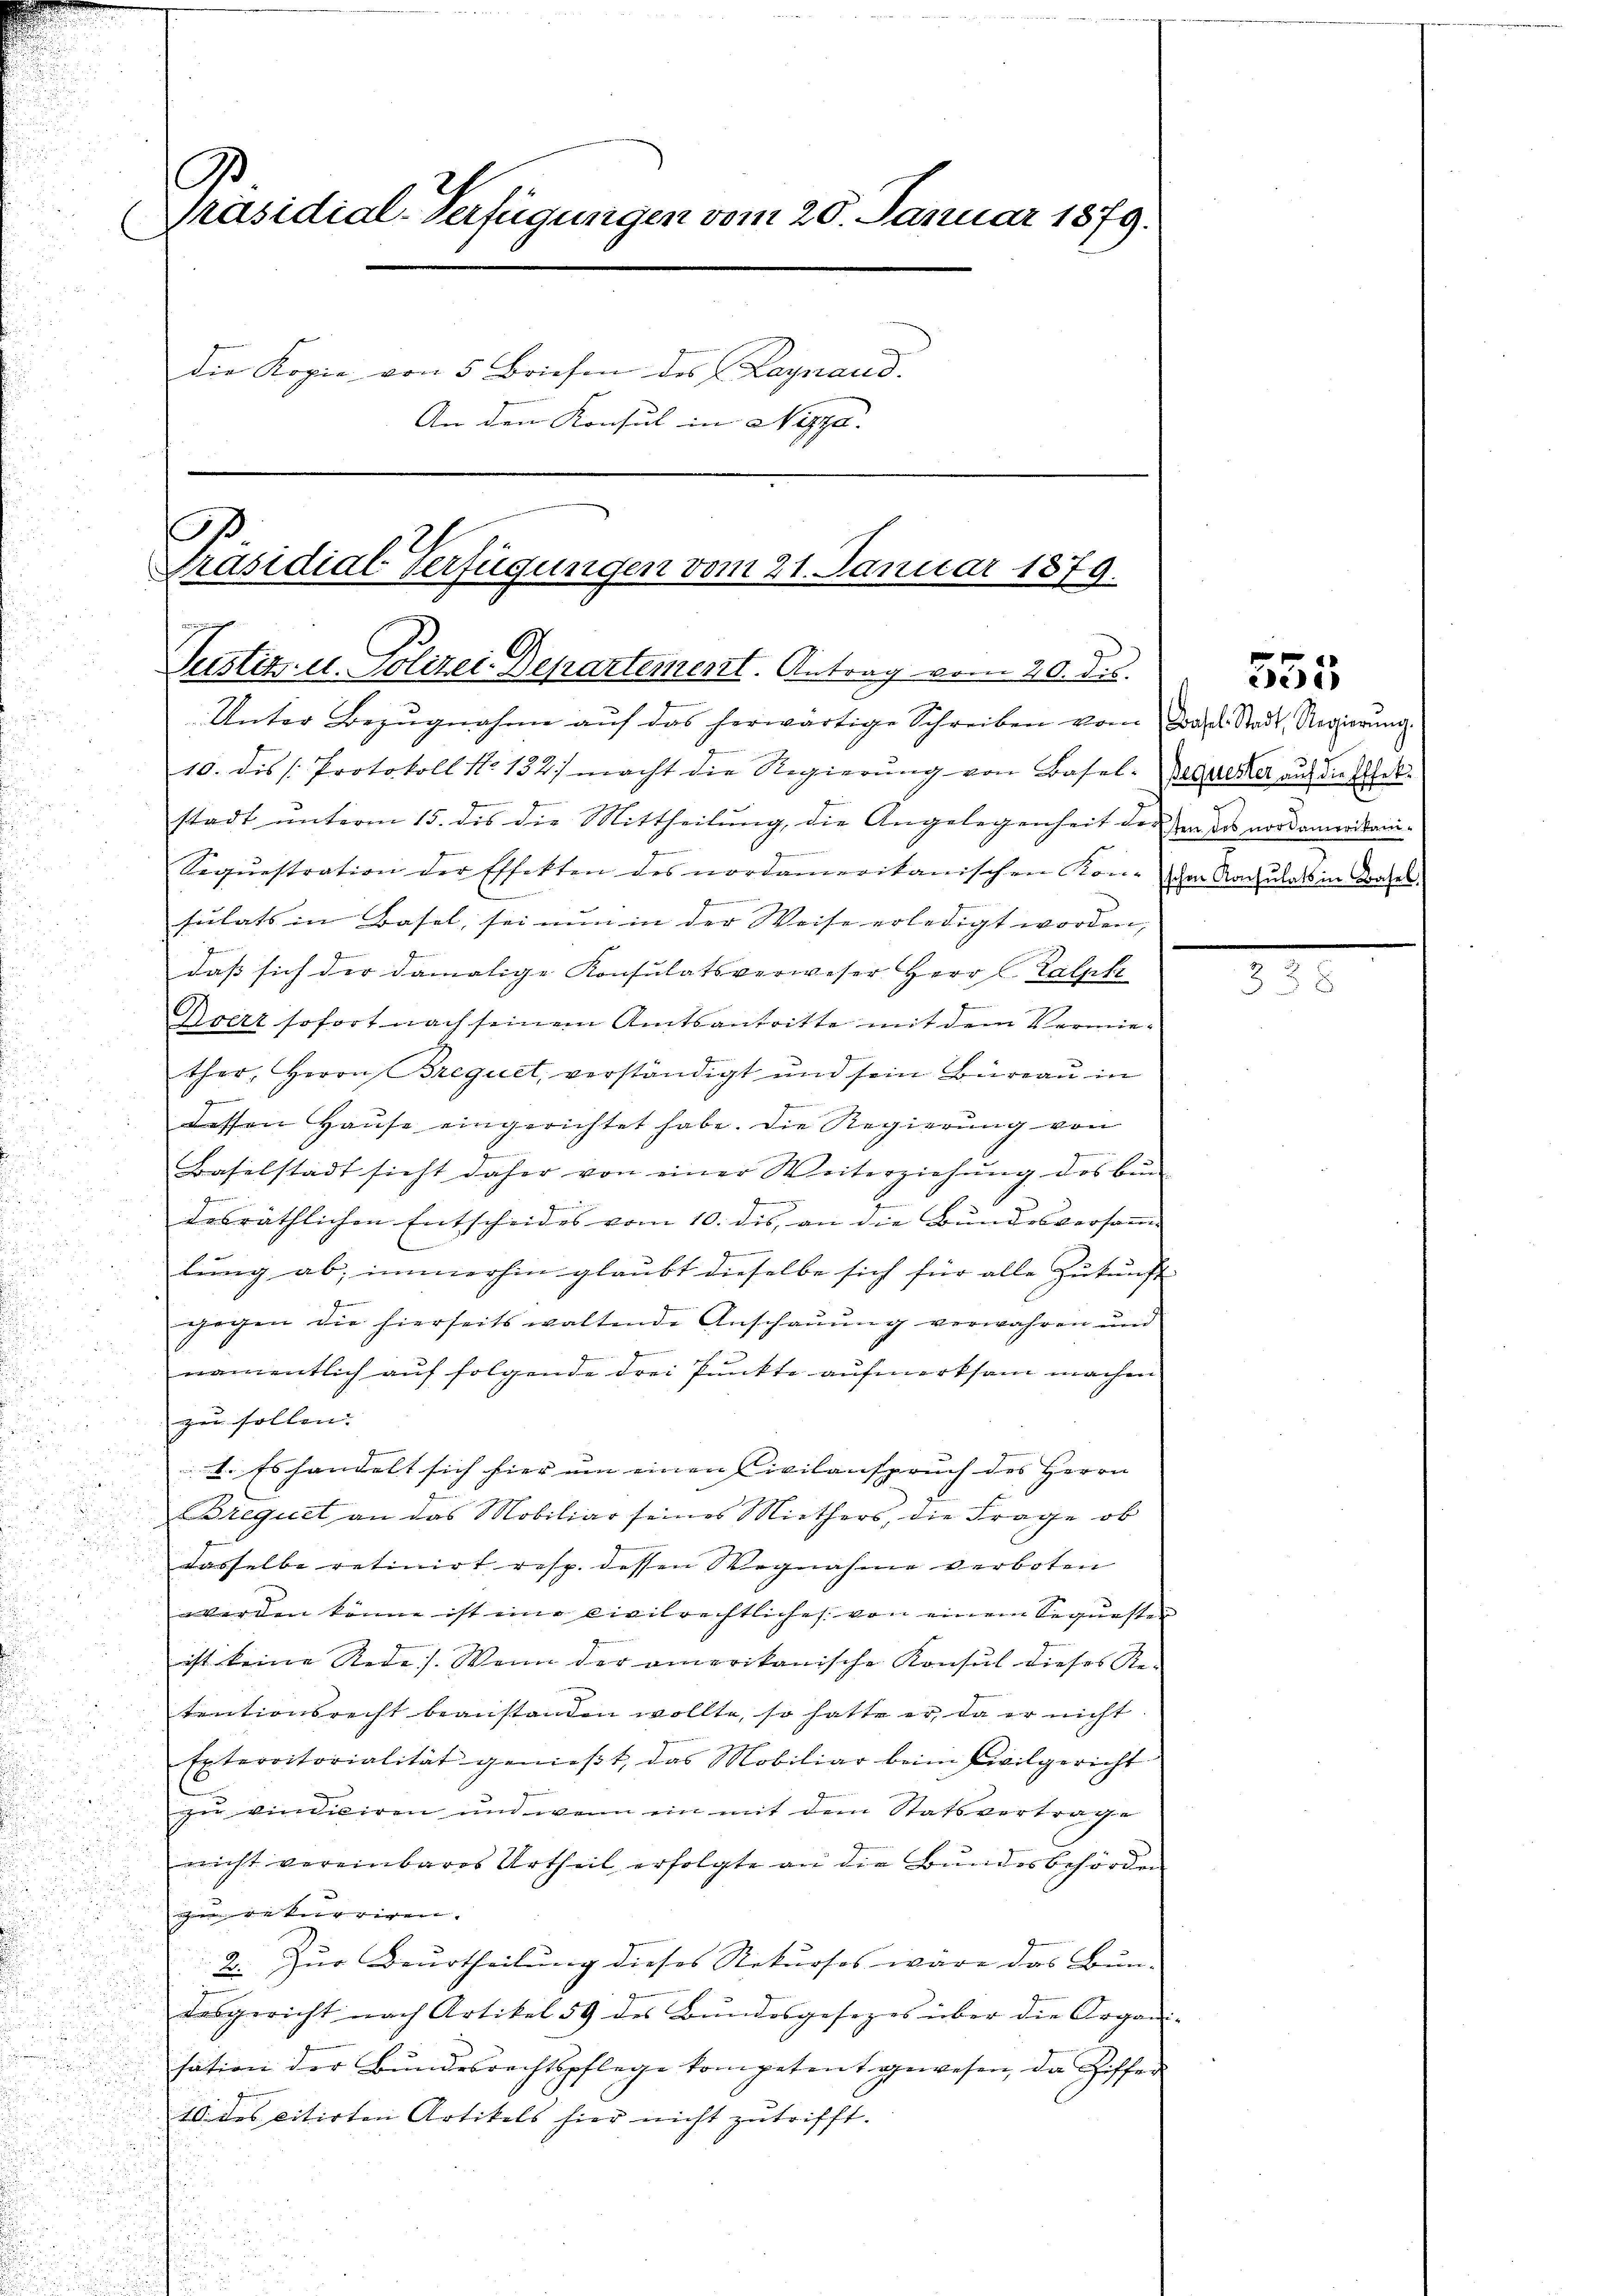
C
Präsidial-Verfügungen vom 20. Januar 1879.
C
die Kopie von 5 Briefen des (Laynaud.
An den Konsul in Nippa.

.
Präsidial-Verfügungen vom 21. Januar 1879.
2
Justiz- u. Polizei-Departement. Antrag vom 20. d.

Unter Bezugnahme auf das herwärtige Schreiben vom Tropels Stadt, Regierung
10. die Protokoll No 132. macht die Regierŭng von Basel-
 se
stadt ŭnterm 15. des die Mittheilŭng, die Angelegenheit der Handes nordamerikani-
z
n
Sequestration der Effekten des nordamerikanischen Kon-
Gemeinen
sulats in Basel, sei nun in der Weise erledigt worden,
dass sich der damalige Konsulatsverweser Herr C. Lalph

Brett sofort nach seinem Amtsantritte mit dem Vermiether, Herrn Brequet, verständigt und sein Büreaŭ in
e
wessen Hause eingerichtet habe. Die Regierung von
1
Baselstadt sicht daher von einer Weiterziehŭng des bün
desräthlichen Entscheides vom 10. des, an die Bundesversam¬
.
lung ab, immerhin glaubt dieselbe sich für alle Zukunft
gegen die hierseits waltende Anschauung verwahren und
1
namentlich auf folgende drei Punkte aufmerksam machen.
n
zu sollen. |

1. Es handelt sich hier um einen Civilanspruch des Herrn
Brequet an das Mobiliar seines Miethers, die Frage ob
dasselbe retinirt resp. dessen Wegnahme verboten
werden könne ist eine Civilrechtliches. von einem Segursten
ist keine Rede. Wenn der amerikanische Konsul dieses Re-
tentionsrecht beanstanden wollte, so hatte er, da er nicht
Exterritorialität genießt, das Mobiliar beim Civilgericht
zu vindiciren und wenn ein mit dem Statsvertrage
nicht vereinbares Urtheil erfolgte an die Bundesbehörden
zu rekurriren.
.
u
2. Zur Beurtheilung dieses Rekursos wäre das Bun-

desgericht nach Artikel 59 des Bŭndesgesezes über die Organi
sation der Bŭndesrechtspflege kompetent gewesen, da Ziffer
10 des citirten Artikels hier nicht zutrifft.

Bequester auf die Effek
schen Konsulats in Basel.

555